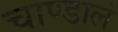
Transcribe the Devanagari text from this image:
चाण्डालं